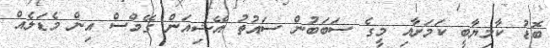
ބޮޑު ކާމިޔާބީ ކަމަށާއި މީގެ ސަބަބުން ސައުތު އޭޝިއަން ގޭމްސް އިން މެޑަލެއް